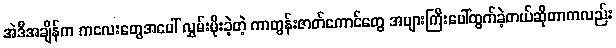
အဲဒီအချိန်က ကလေးတွေအပေါ် လွှမ်းမိုးခဲ့တဲ့ ကာတွန်းဇာတ်ကောင်တွေ အများကြီးပေါ်ထွက်ခဲ့တယ်ဆိုတာကလည်း